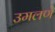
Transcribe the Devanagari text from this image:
उमलणे